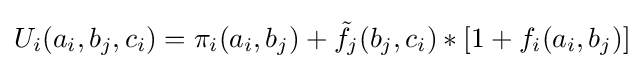
U_{i}(a_{i},b_{j},c_{i})=\pi _{i}(a_{i},b_{j})+{\tilde {f}}_{j}(b_{j},c_{i})*[1+f_{i}(a_{i},b_{j})]